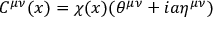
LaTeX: C ^ { { \mu } { \nu } } ( x ) = { \chi } ( x ) ( { \theta } ^ { { \mu } { \nu } } + i a { \eta } ^ { { \mu } { \nu } } )